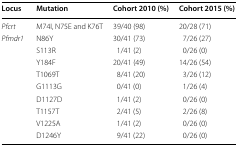
<table><thead><tr><td><b>Locus</b></td><td><b>Mutation</b></td><td><b>Cohort 2010 (%)</b></td><td><b>Cohort 2015 (%)</b></td></tr></thead><tbody><tr><td><i>Pfcrt</i></td><td>M74I, N75E and K76T</td><td>39/40 (98)</td><td>20/28 (71)</td></tr><tr><td rowspan="9"><i>Pfmdr1</i></td><td>N86Y</td><td>30/41 (73)</td><td>7/26 (27)</td></tr><tr><td>S113R</td><td>1/41 (2)</td><td>0/26 (0)</td></tr><tr><td>Y184F</td><td>20/41 (49)</td><td>14/26 (54)</td></tr><tr><td>T1069T</td><td>8/41 (20)</td><td>3/26 (12)</td></tr><tr><td>G1113G</td><td>0/41 (0)</td><td>1/26 (4)</td></tr><tr><td>D1127D</td><td>1/41 (2)</td><td>0/26 (0)</td></tr><tr><td>T1157T</td><td>2/41 (5)</td><td>2/26 (8)</td></tr><tr><td>V1225A</td><td>1/41 (2)</td><td>0/26 (0)</td></tr><tr><td>D1246Y</td><td>9/41 (22)</td><td>0/26 (0)</td></tr></tbody></table>